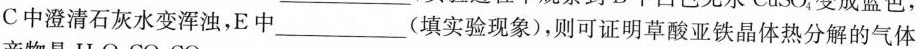
c中澄清石灰水变浑浊，E中___(填实验现象)，则可证明草酸亚铁晶体热分解的气体